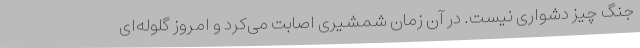
جنگ چیز دشواری نیست. در آن زمان شمشیری اصابت می‌کرد و امروز گلوله‌ای